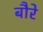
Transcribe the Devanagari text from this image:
बौरे